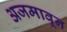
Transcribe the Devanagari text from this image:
अजमावून